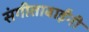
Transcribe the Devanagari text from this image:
संगीताबाईंनी